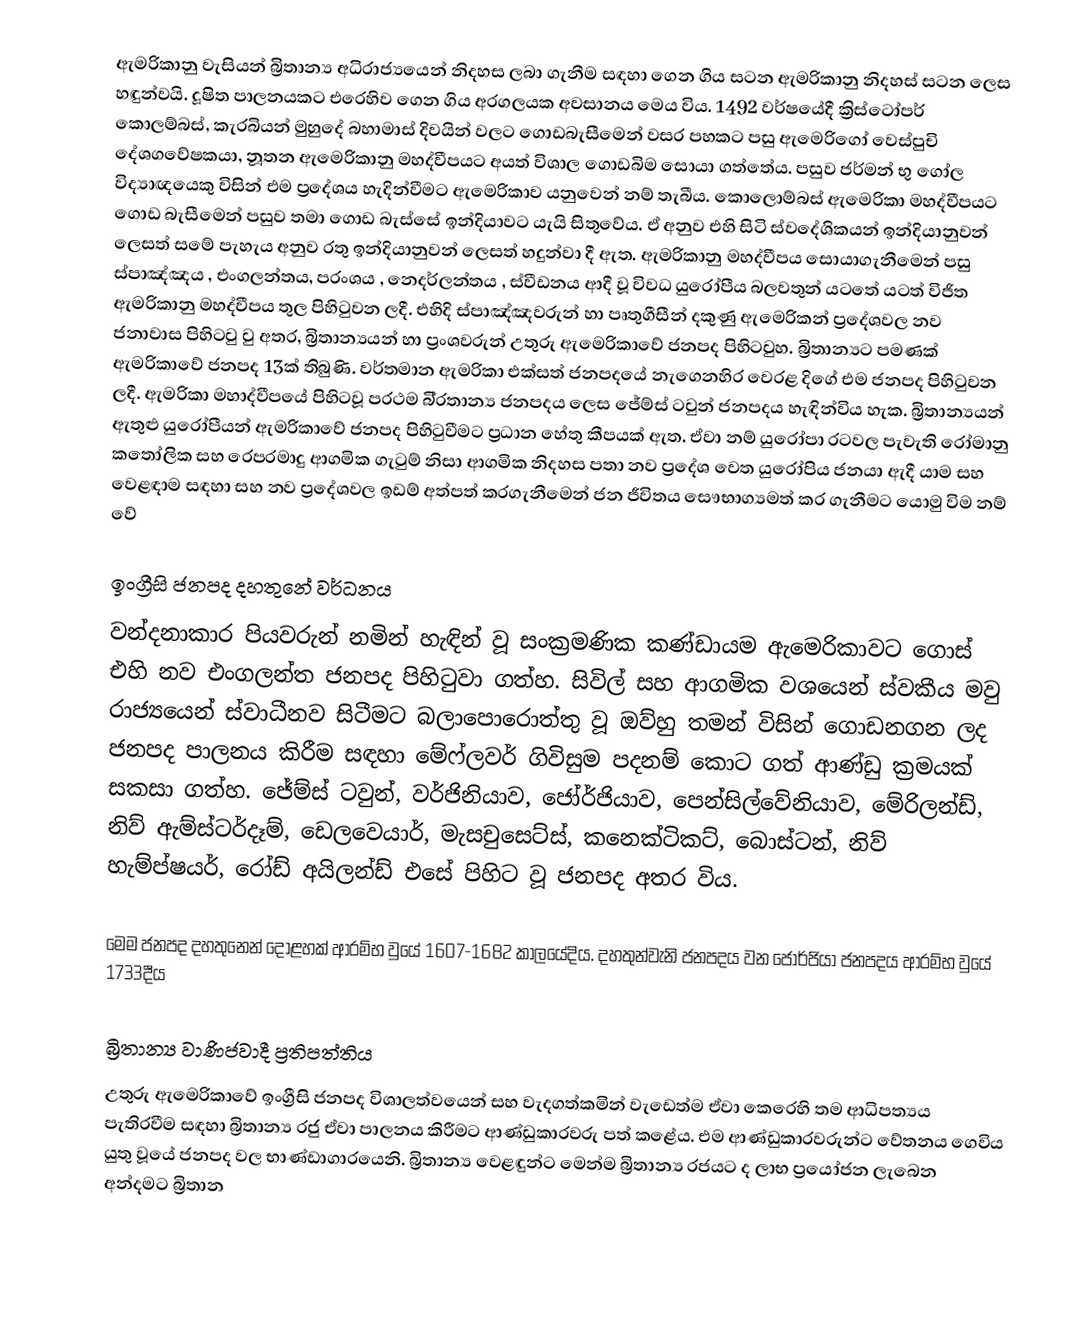
ඇමරිකානු වැසියන් බ්‍රිතාන්‍ය අධිරාජ්‍යයෙන් නිදහස ලබා ගැනීම සඳහා ගෙන ගිය සටන ඇමරිකානු නිදහස් සටන ලෙස හඳුන්වයි. දූෂිත පාලනයකට එරෙහිව ගෙන ගිය අරගලයක අවසානය මෙය විය. 1492 වර්ෂයේදී ක්‍රිස්ටෝපර් කොලම්බස්, කැරබියන් මුහුදේ බහාමාස් දිවයින් වලට ගොඩබැසීමෙන් වසර පහකට පසු ඇමෙරිගෝ වෙස්පුචි දේශගවේෂකයා, නූතන ඇමෙරිකානු මහද්වීපයට අයත් විශාල ගොඩබිම සොයා ගත්තේය. පසුව ජර්මන් භු ගෝල විද්‍යාඥයෙකු විසින් එම ප්‍රදේශය හැදින්වීමට ඇමෙරිකාව යනුවෙන් නම් තැබීය. කොලොම්බස් ඇමෙරිකා මහද්වීපයට ගොඩ බැසීමෙන් පසුව තමා ගොඩ බැස්සේ ඉන්දියාවට යැයි සිතුවේය. ඒ අනුව එහි සිටි ස්වදේශිකයන් ඉන්දියානුවන් ලෙසත් සමේ පැහැය අනුව රතු ඉන්දියානුවන් ලෙසත් හදුන්වා දී ඇත. ඇමරිකානු මහද්වීපය සොයාගැනීමෙන් පසු ස්පාඤ්ඤය , එංගලන්තය, ප‍්‍රංශය , නෙදර්ලන්තය , ස්වීඩනය ආදී වූ විවධ යුරෝපීය බලවතුන් යටතේ යටත් විජිත ඇමරිකානු මහද්වීපය තුල පිහිටුවන ලදී. එහිදි ස්පාඤ්ඤවරුන් හා පෘතුගීසීන් දකුණු ඇමෙරිකන් ප්‍රදේශවල නව ජනාවාස පිහිටවු වු අතර, බ්‍රිතාන්‍යයන් හා ප්‍රංශවරුන් උතුරු ඇමෙරිකාවේ ජනපද පිහිටවුහ. බ්‍රිතාන්‍යට පමණක් ඇමරිකාවේ ජනපද 13ක් තිබුණි. වර්තමාන ඇමරිකා එක්සත් ජනපදයේ නැගෙනහිර වෙරළ දිගේ එම ජනපද පිහිටුවන ලදී. ඇමරිකා මහාද්වීපයේ පිහිටවූ ප‍්‍රථම බි‍්‍රතාන්‍ය ජනපදය ලෙස ජේම්ස් ටවුන් ජනපදය හැඳින්විය හැක. බ්‍රිතාන්‍යයන් ඇතුළු යුරෝපීයන් ඇමරිකාවේ ජනපද පිහිටුවීමට ප්‍රධාන හේතු කීපයක් ඇත. ඒවා නම් යුරෝපා රටවල පැවැති රෝමානු කතෝලික සහ රෙපරමාදු ආගමික ගැටුම් නිසා ආගමික නිදහස පතා නව ප්‍රදේශ වෙත යුරෝපිය ජනයා ඇදී යාම සහ වෙළඳාම සඳහා සහ නව ප්‍රදේශවල ඉඩම් අත්පත් කරගැනී‍මෙන් ජන ජීවිතය සෞභාග්‍යමත් කර ගැනීමට යොමු විම නම් වේ

ඉංග්‍රීසි ජනපද දහතුනේ වර්ධනය
වන්දනාකාර පියවරුන් නමින් හැඳින් වූ සංක්‍රමණික කණ්ඩායම ඇමෙරිකාවට ගොස් එහි නව එංගලන්ත ජනපද පිහිටුවා ගත්හ. සිවිල් සහ ආගමික වශයෙන් ස්වකීය මවු රාජ්‍යයෙන් ස්වාධීනව සිටීමට බලාපොරොත්තු වූ ඔව්හු තමන් විසින් ගොඩනගන ලද ජනපද පාලනය කිරීම සඳහා මේෆ්ලවර් ගිවිසුම පදනම් කොට ගත් ආණ්ඩු ක්‍රමයක් සකසා ගත්හ. ජේම්ස් ටවුන්, වර්ජිනියාව, ජෝර්ජියාව, පෙන්සිල්වේනියාව, මේරිලන්ඩ්, නිව් ඇම්ස්ටර්දෑම්, ඩෙලවෙයාර්, මැසචුසෙට්ස්, කනෙක්ටිකට්, බොස්ටන්, නිව් හැම්ප්ෂයර්, රෝඩ් අයිලන්ඩ් එසේ පිහිට වූ ජනපද අතර විය.

මෙම ජනපද දහතුනෙන් දොළහක් ආරම්භ වුයේ 1607-1682 කාලයේදිය. දහතුන්වැනි ජනපදය වන ජොර්ජියා ජනපදය ආරම්භ වුයේ 1733දීය

බ්‍රිතාන්‍ය වාණිජවාදී ප්‍රතිපත්තිය
උතුරු ඇමෙරිකාවේ ඉංග්‍රීසි ජනපද විශාලත්වයෙන් සහ වැදගත්කමින් වැඩෙත්ම ඒවා කෙරෙහි තම ආධිපත්‍යය පැතිරවීම සඳහා බ්‍රිතාන්‍ය රජු ඒවා පාලනය කිරීමට ආණ්ඩුකාරවරු පත් කළේය. එම ආණ්ඩුකාරවරුන්ට වේතනය ගෙවිය යුතු වූයේ ජනපද වල භාණ්ඩාගාරයෙනි. බ්‍රිතාන්‍ය වෙළඳුන්ට මෙන්ම බ්‍රිතාන්‍ය රජයට ද ලාභ ප්‍රයෝජන ලැබෙන අන්දමට බ්‍රිතාන